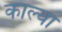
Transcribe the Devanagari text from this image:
काल्वा